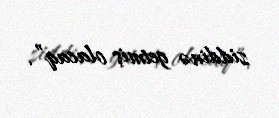
ziddinə getmiş olacaq”.